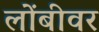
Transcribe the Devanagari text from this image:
लोंबीवर